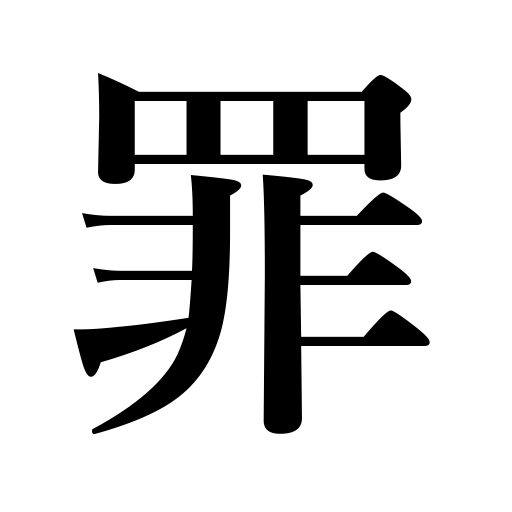
Meanings: offense,fault,misconduct,blame,guilt,sin,crime